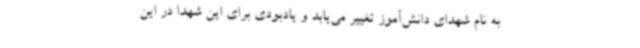
به نام شهدای دانش‌آموز تغییر می‌یابد و یادبودی برای این شهدا در این